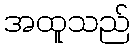
အထူသည်